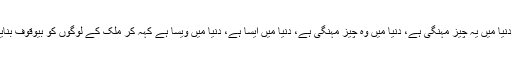
ہمارے یہاں دنیا میں یہ چیز مہنگی ہے، دنیا میں وہ چیز مہنگی ہے، دنیا میں ایسا ہے، دنیا میں ویسا ہے کہہ کر ملک کے لوگوں کو بیوقوف بنایا جا رہا ہے۔